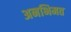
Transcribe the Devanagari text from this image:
अनभिमत